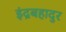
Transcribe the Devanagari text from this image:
इंद्रबहादुर